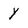
Character: Y